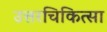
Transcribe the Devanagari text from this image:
उत्तरचिकित्सा